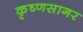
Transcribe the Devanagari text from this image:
कृष्णसागर